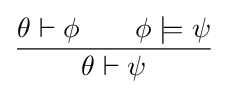
{\frac {\theta \vdash \phi \quad \quad \phi \models \psi }{\theta \vdash \psi }}